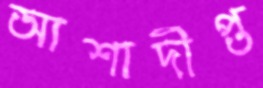
আশাদীপ্ত